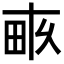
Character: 𤱑